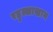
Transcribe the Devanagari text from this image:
रहुल्लाखान